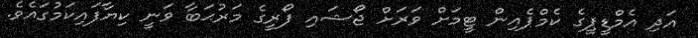
އަދި އެމްޑީޕީގެ ކެމްޕެއިން ޓީމަށް ވަރަށް ޖޯޝައި ފޯރީގެ މަރުޙަބާ ވަނީ ކިޔާފައިކަމުގައެވެ.